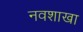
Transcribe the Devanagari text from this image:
नवशाखा